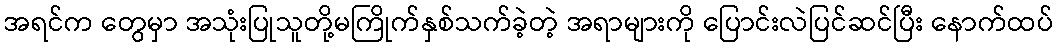
အရင်က တွေမှာ အသုံးပြုသူတို့မကြိုက်နှစ်သက်ခဲ့တဲ့ အရာများကို ပြောင်းလဲပြင်ဆင်ပြီး နောက်ထပ်